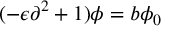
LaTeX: ( - \epsilon \partial ^ { 2 } + 1 ) \phi = b \phi _ { 0 }